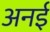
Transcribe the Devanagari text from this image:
अनई